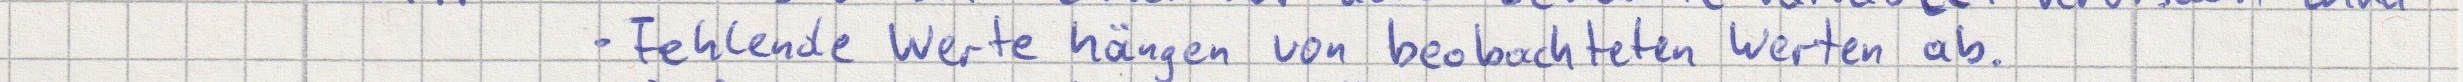
Fehlende Werte hängen von beobachteten Werten ab.